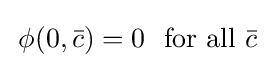
\,\phi (0,{\bar {c}})=0~~{\textrm {for}}~{\textrm {all}}~{\bar {c}}